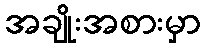
အချိုးအစားမှာ